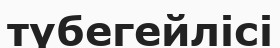
түбегейлісі